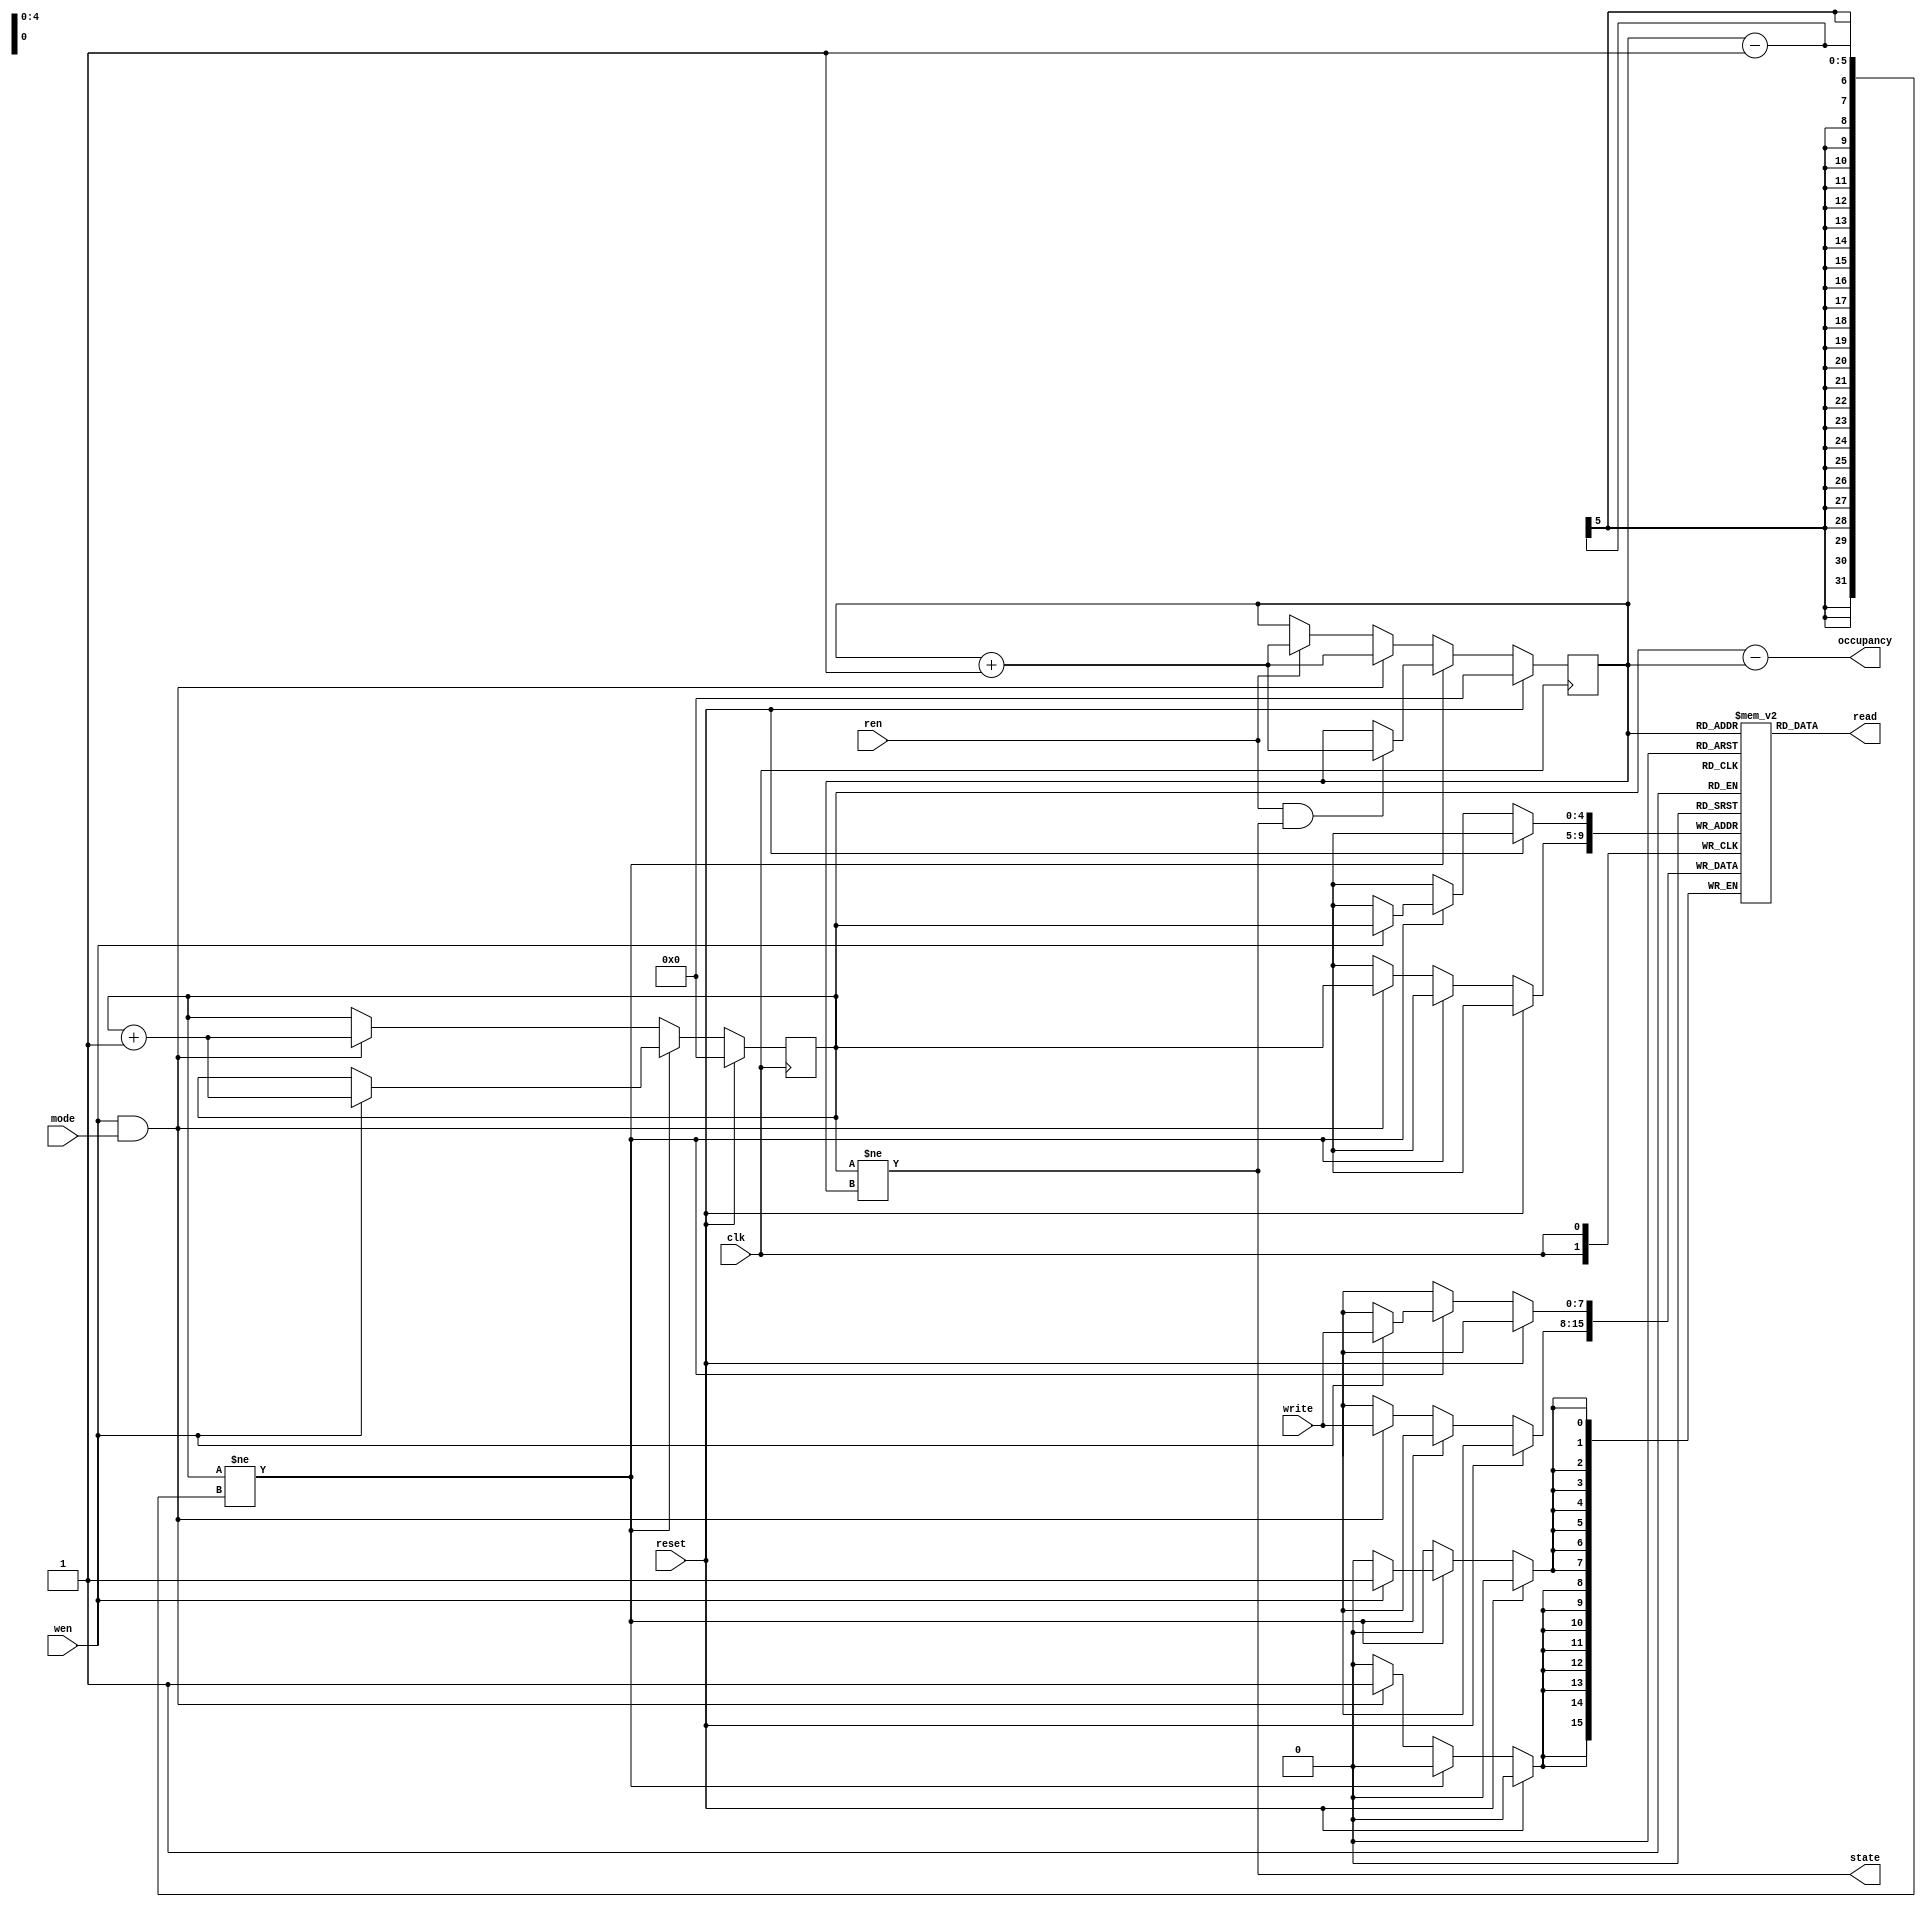
`timescale 1ns / 1ps

/* 
 * Simple FIFO
 *
 */

module fifo (
    clk,
    reset,
    mode,
    wen,
    ren,
    write,
    read,
    state,
    occupancy
    );
    
    parameter WIDTH = 8;
    parameter DEPTH = 5;
    
    input clk;
    input reset;
    input mode;
    input wen;
    input ren;
    input [WIDTH - 1:0] write;
    output [WIDTH - 1:0] read;
    output state;
    output [DEPTH - 1:0] occupancy;
    
    reg [WIDTH - 1:0] mem [0: 2**DEPTH - 1];
    
    reg [DEPTH - 1:0] top;
    reg [DEPTH - 1:0] bottom;
    
    assign occupancy = top - bottom;
    assign state = (top != bottom);
    assign read = mem[bottom];
    
    always @(posedge clk)
    begin
        
        if (reset)
        begin
            top <= 0;
            bottom <= 0;
        end
        else
        begin
            
            if (top != bottom - 1)
            begin
            
                if (wen)
                begin
                    top <= top + 1;
                    mem[top] <= write;
                end
                
                if (ren && state)
                begin
                    bottom <= bottom + 1;
                end
            
            end
            else
            begin
                
                if (wen && mode)
                begin
                    top <= top + 1;
                    bottom <= bottom + 1;
                    mem[top] <= write;
                end
                else if (ren)
                begin
                    bottom <= bottom + 1;
                end
            
            end
            
        end
        
    end
    
endmodule